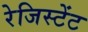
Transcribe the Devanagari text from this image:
रेजिस्टेंट